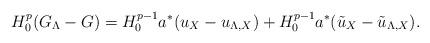
LaTeX: \begin{align*}H_0^p(G_\Lambda-G) = H_0^{p-1}a^*(u_X - u_{\Lambda,X}) + H_0^{p-1}a^*(\tilde{u}_X - \tilde{u}_{\Lambda,X}).\end{align*}